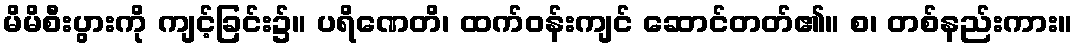
မိမိစီးပွားကို ကျင့်ခြင်း၌။ ပရိဏေတိ၊ ထက်ဝန်းကျင် ဆောင်တတ်၏။ စ၊ တစ်နည်းကား။